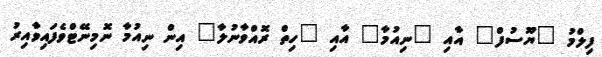
ފިލްމު "ޔޫސުފް" އާއި "ނިއުމާ" އާއި "ހިތް ރޮއްވާނުލާ" އިން ނިއުމާ ނޮމިނޭޓްވެފައިވާއިރު